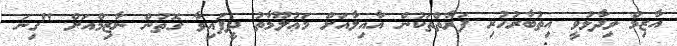
އާޒިމް ވިދާޅުވީ އިތުބާރުހުރި ފަރާތްތަކުން އާއިލާއަށް މަޢުލޫމާތު ދީފައިވާ ގޮތުން ނާޒިމްއަށް "ގިނަ